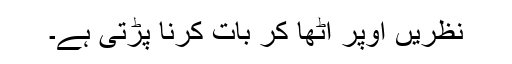
نظریں اوپر اُٹھا کر بات کرنا پڑتی ہے۔